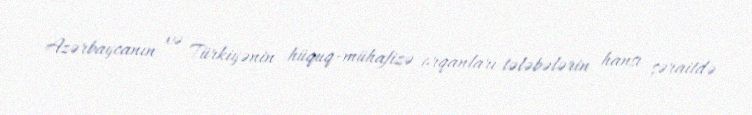
Azərbaycanın və Türkiyənin hüquq-mühafizə orqanları tələbələrin hansı şəraitdə